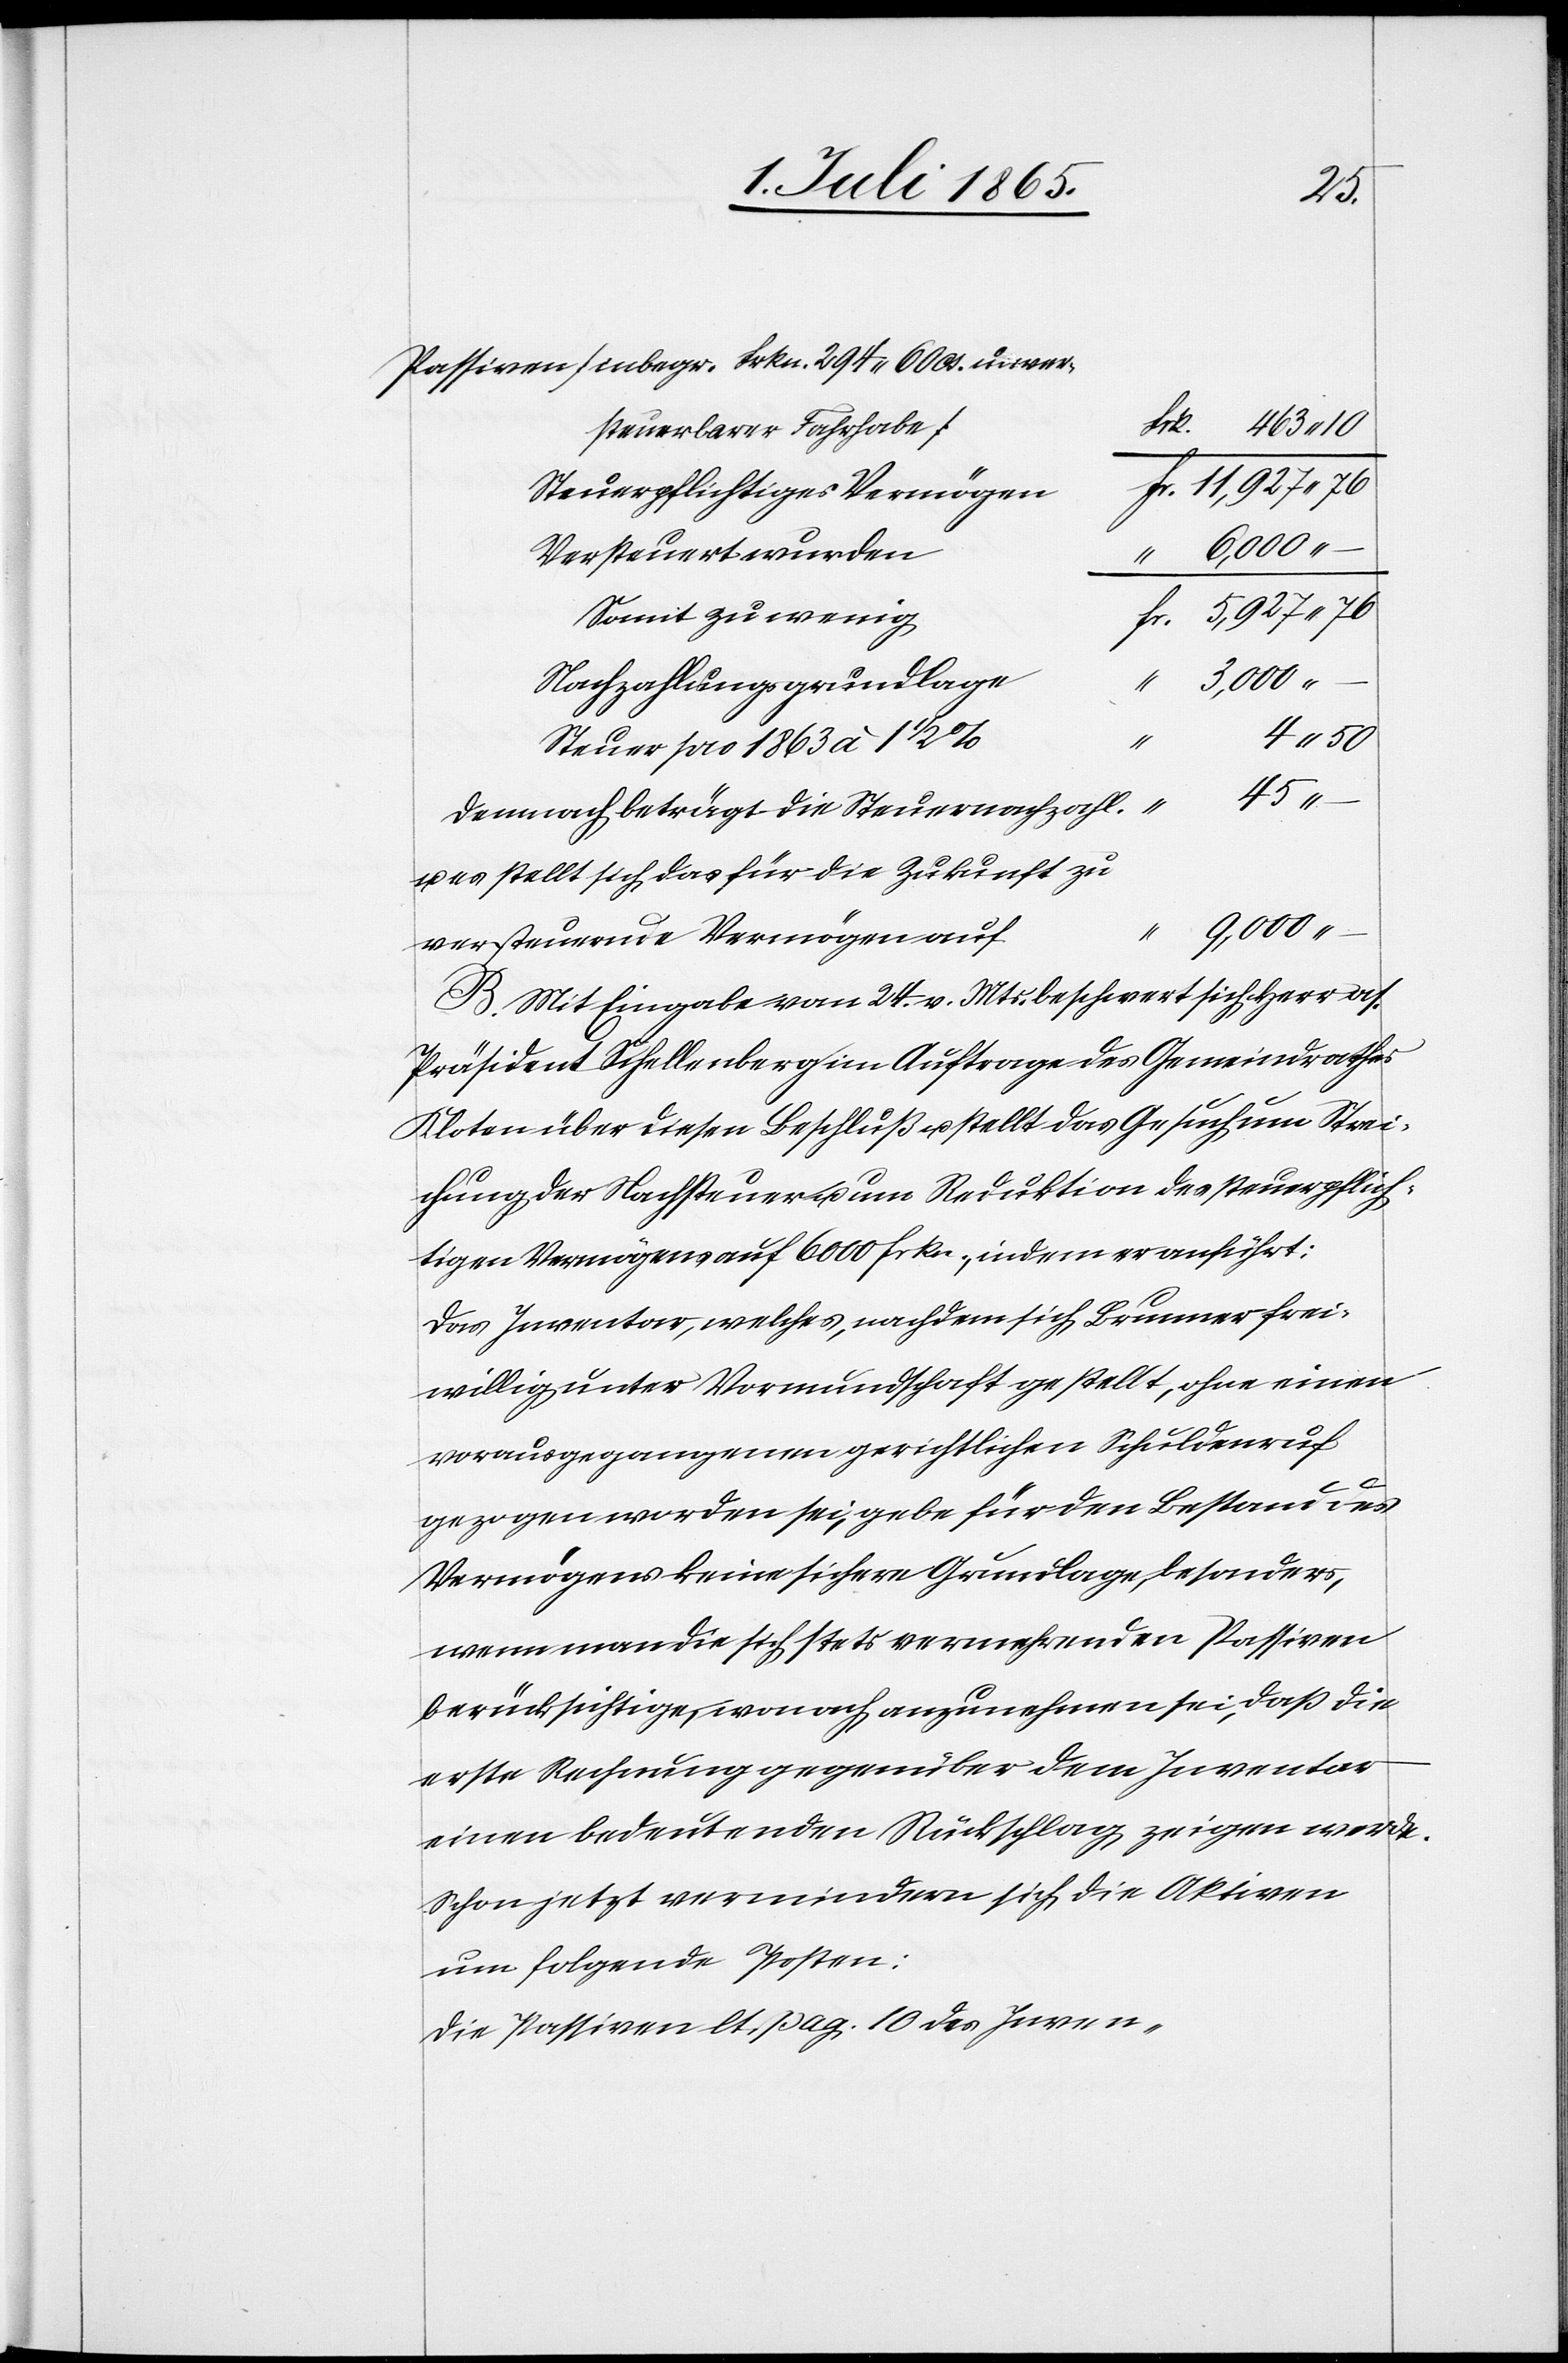
45
Passiven [inbegr. Frkn. 294.60 Ct. unver¬
steuerbarer Fahrhabe]
Steuerpflichtiges Vermögen
11,927
Versteuert wurden
–
Somit zu wenig
Nachzahlungsgrundlage
3,000
6,000
Steuer pro 1863 à 1 ½
“
4
Demnach beträgt die Steuernachzahl.
B. Mit Eingabe vom 24. v. Mts. beschwert sich Herr as.
Präsident Schellenberg im Auftrage des Gemeindrathes
Kloten über diesen Beschluß u. stellt das Gesuch um Strei¬
chung der Nachsteuer u. um Reduktion des steuerpflich¬
tigen Vermögens auf 6000 frkn., indem er anführt:
Das Inventar, welches, nachdem sich Brunner frei¬
willig unter Vormundschaft gestellt, ohne einen
vorausgegangenen gerichtlichen Schuldenruf
gezogen worden sei, gebe für den Bestand des
Vermögens keine sichere Grundlage, besonders,
wenn man die sich stets vermehrenden Passiven
berücksichtige, wonach anzunehmen sei, daß die
erste Rechnung gegenüber dem Inventar
einen bedeutenden Rückschlag zeigen werde.
Schon jetzt vermindern sich die Aktiven
um folgende Posten:
Die Passiven lt. pag. 10 des Inven-